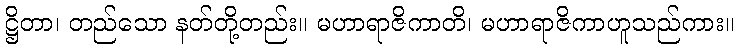
ဋ္ဌိတာ၊ တည်သော နတ်တို့တည်း။ မဟာရာဇိကာတိ၊ မဟာရာဇိကာဟူသည်ကား။